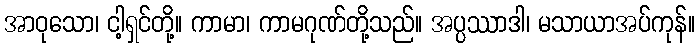
အာဝုသော၊ ငါ့ရှင်တို့။ ကာမာ၊ ကာမဂုဏ်တို့သည်။ အပ္ပဿာဒါ၊ မသာယာအပ်ကုန်။